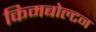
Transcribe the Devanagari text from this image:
किमबोल्टन